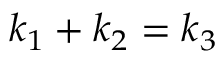
\boldsymbol { k } _ { 1 } + \boldsymbol { k } _ { 2 } = \boldsymbol { k } _ { 3 }